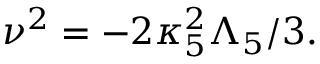
\nu ^ { 2 } = - 2 \kappa _ { 5 } ^ { 2 } \Lambda _ { 5 } / 3 .